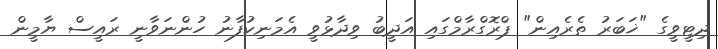
ދިޓީވީގެ "ޚަބަރު ތެރެއިން" ޕްރޮގްރާމްގައި އަދީބު ވިދާޅުވީ އެމަނިކުފާނު ހުންނަވާނީ ރައީސް ޔާމީން